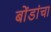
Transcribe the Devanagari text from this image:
बोंडांचा